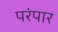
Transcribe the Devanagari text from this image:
परंपार